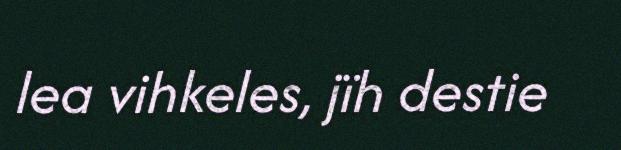
lea vihkeles, jïh destie